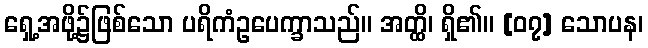
ရှေ့အဖို့၌ဖြစ်သော ပရိကံဥပေက္ခာသည်။ အတ္ထိ၊ ရှိ၏။ [၀၇] သောပန၊